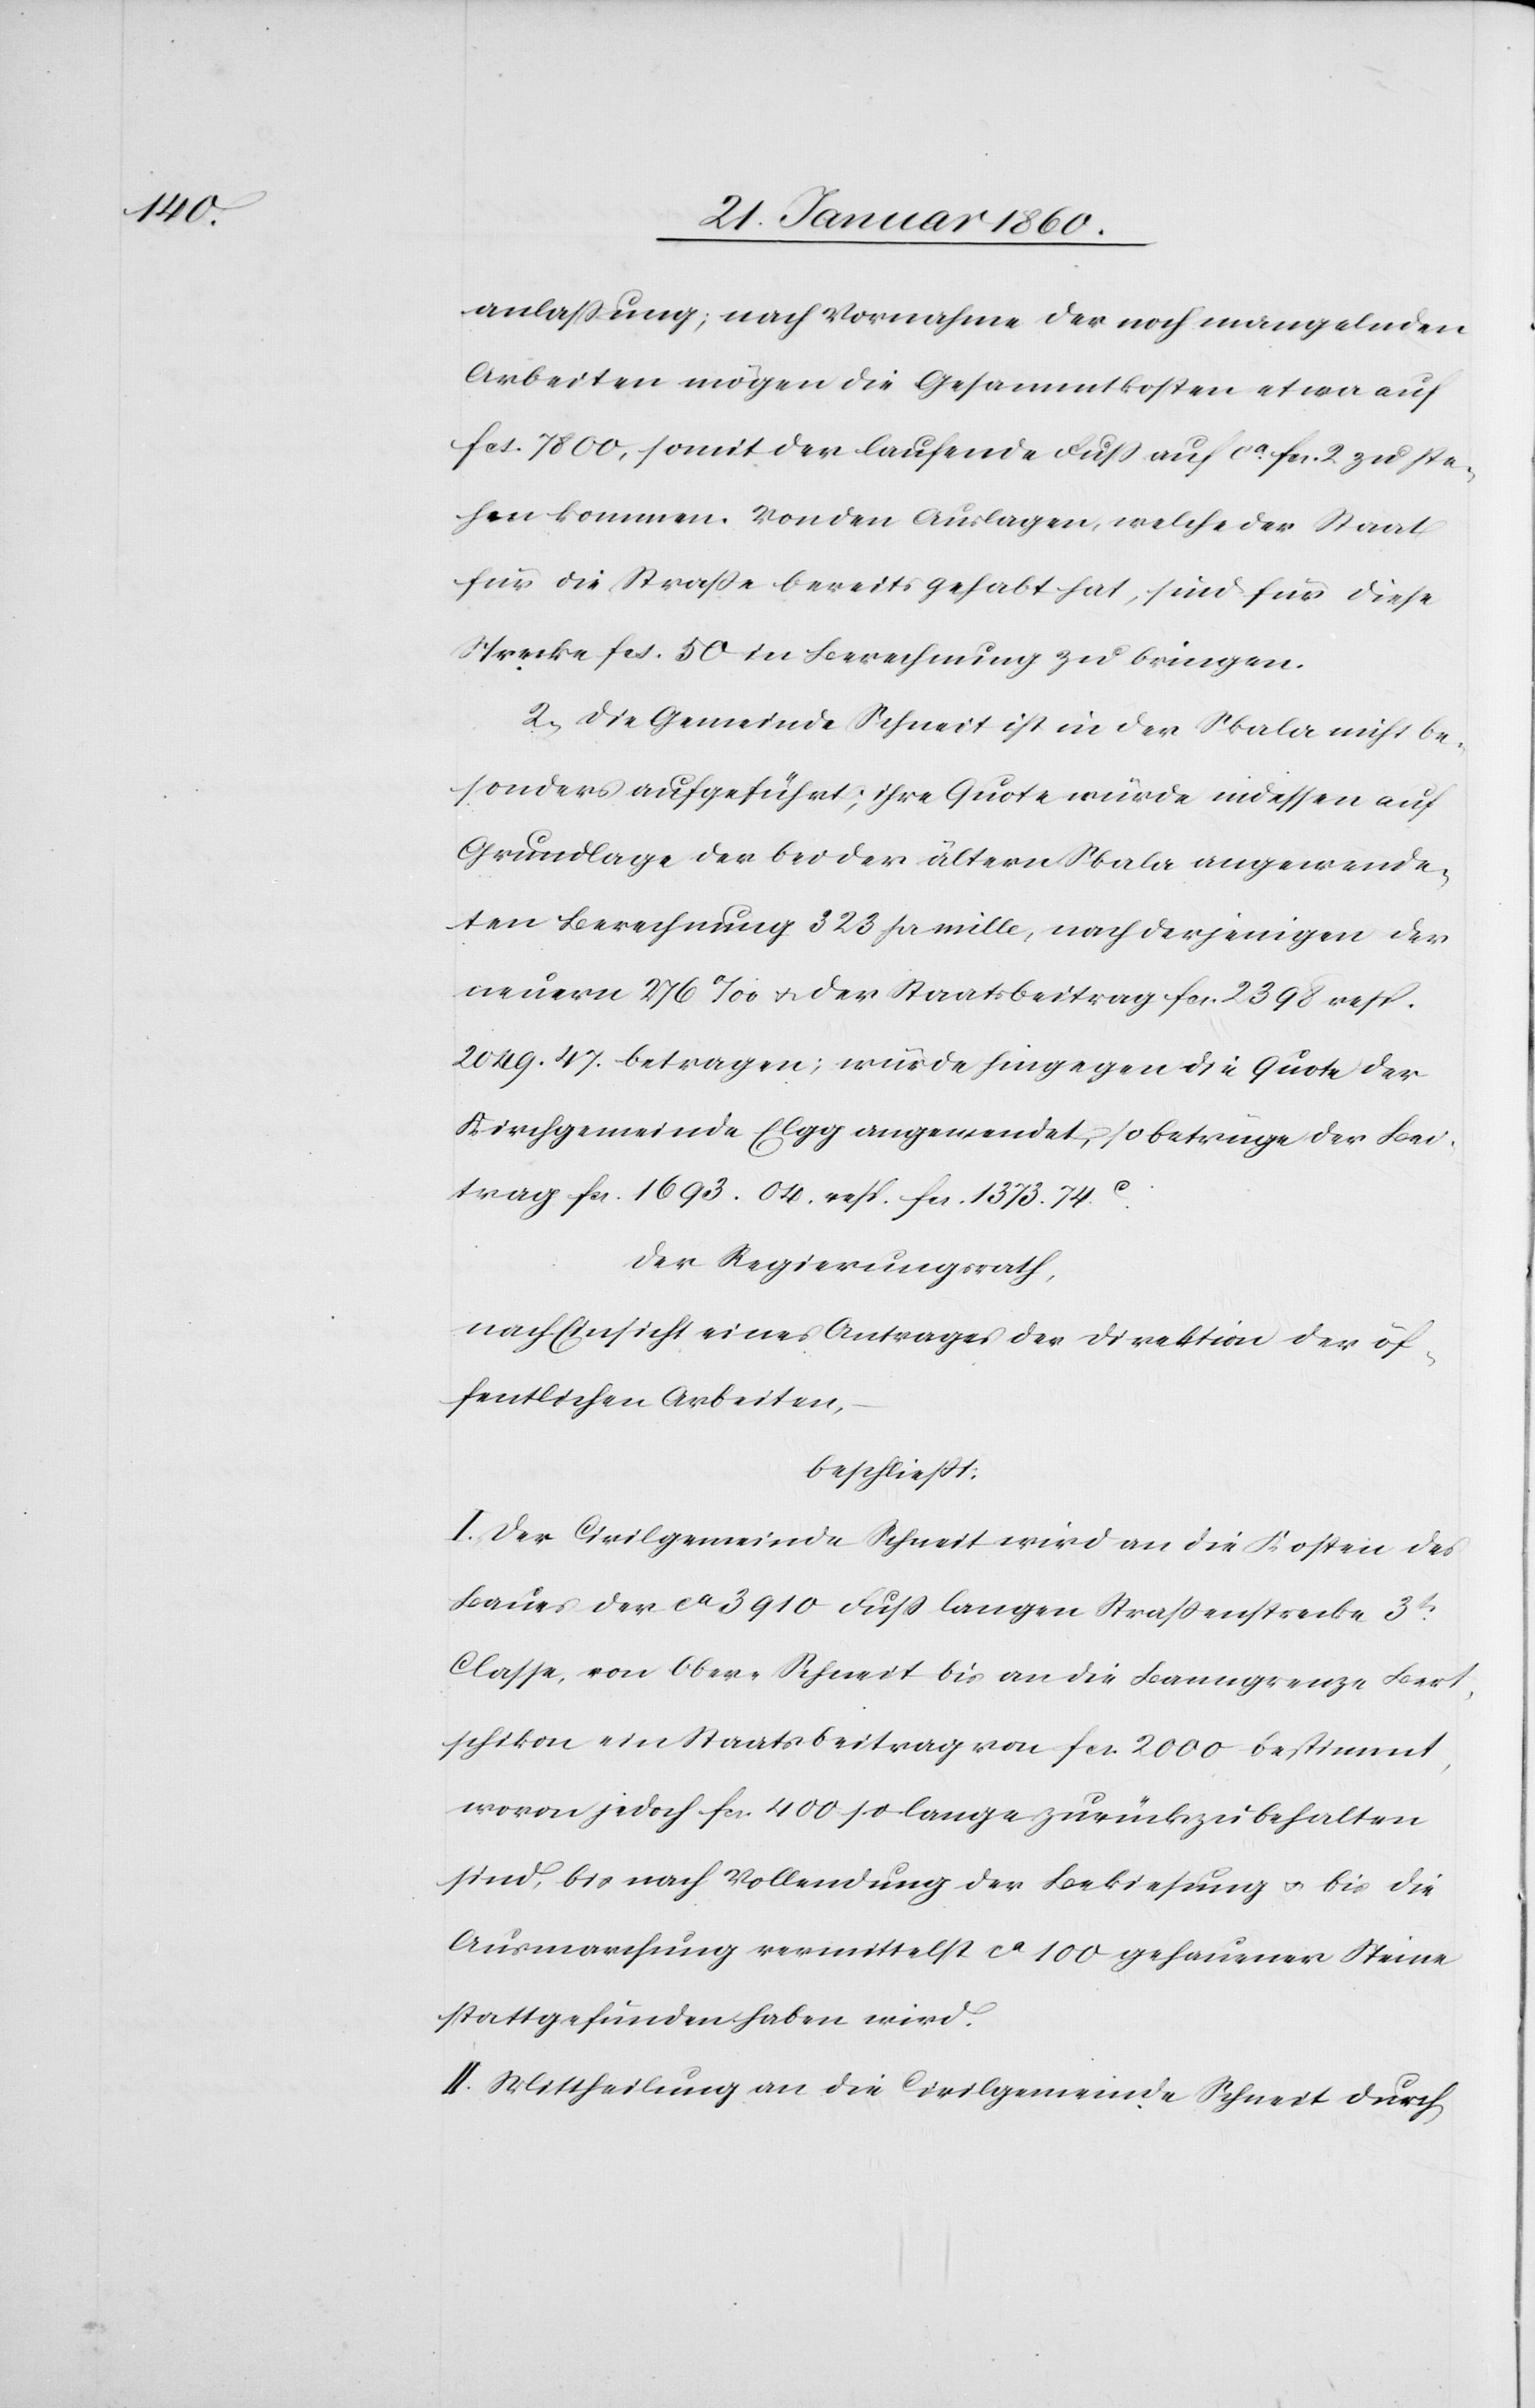
anlassung, nach Vornahme der noch mangelnden
Arbeiten mögen die Gesammtkosten etwa auf
fcs. 7800, somit der laufende Fuss auf ca fcs. 2. zu ste¬
hen kommen. Von den Auslagen, welche der Staat
für die Strasse bereits gehabt hat, sind für diese
Strecke fcs. 50 in Berechnung zu bringen.
2. Die Gemeinde Schneit ist in der Skala nicht be¬
sonders aufgeführt; ihre Quote würde indessen auf
Grundlage der bei der ältern Skala angeordne¬
ten Berechnung 323. pr. mille, nach derjenigen der
neuern 276‰ u. der Staatsbeitrag fcs. 2398 resp.
2049. 47. betragen; würde hingegen die Quote der
Kirchgemeinde Elgg angewendet, so betrüge der Bei¬
trag fcs. 1603 04. resp. fcs. 1373. 74C
Der Regierungsrath,
nach Einsicht eines Antrages der Direktion der öf¬
fentlichen Arbeiten,
beschließt:
I. Der Civilgemeinde Schneit wird an die Kosten des
Baues der ca 3910 Fuss langen Strassenstrecke 3tr
Classe, von Ober-Schneit bis an die Banngrenze Berts¬
chikon jedoch fcs. 400 so lange zurückzubehalten
sind, bis nach Vollendung der Bekiesung u. bis die
Ausmarchung vermittelst ca 100 gehauener Steinen
stattgefunden haben wird.
II. Mittheilung an die Civilgemeinde Schneit durch